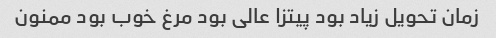
زمان تحویل زیاد بود پیتزا عالی بود مرغ خوب بود ممنون